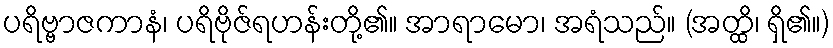
ပရိဗ္ဗာဇကာနံ၊ ပရိဗိုဇ်ရဟန်းတို့၏။ အာရာမော၊ အရံသည်။ (အတ္ထိ၊ ရှိ၏။)